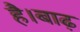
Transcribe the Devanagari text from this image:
है।बाढ़